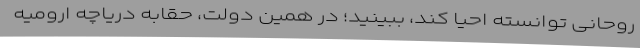
روحانی توانسته احیا کند، ببینید؛ در همین دولت، حقابه دریاچه ارومیه